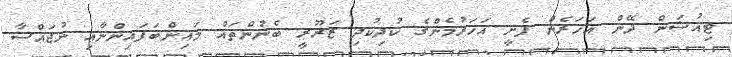
ޓިއުޝަން ދޭން އަހަރެން ފެށީ އަހަރުމެންގެ ކުދިކުދި ޒަރޫރީ ބެނުންތައް މައިންބަފައިންނާއި ނުޖައްސާ